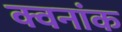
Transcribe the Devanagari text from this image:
क्वनांक